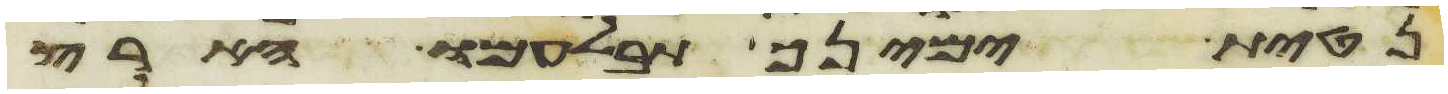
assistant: נטית ימינך תבלעמו הארץ